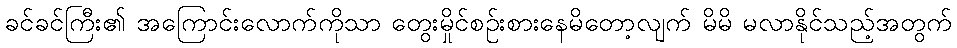
ခင်ခင်ကြီး၏ အကြောင်းလောက်ကိုသာ တွေးမှိုင်စဉ်းစားနေမိတော့လျက် မိမိ မလာနိုင်သည့်အတွက်